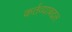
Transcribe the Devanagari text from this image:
कर्तव्याबद्दल